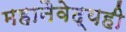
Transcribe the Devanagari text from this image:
महानैवेद्यही